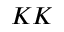
K K